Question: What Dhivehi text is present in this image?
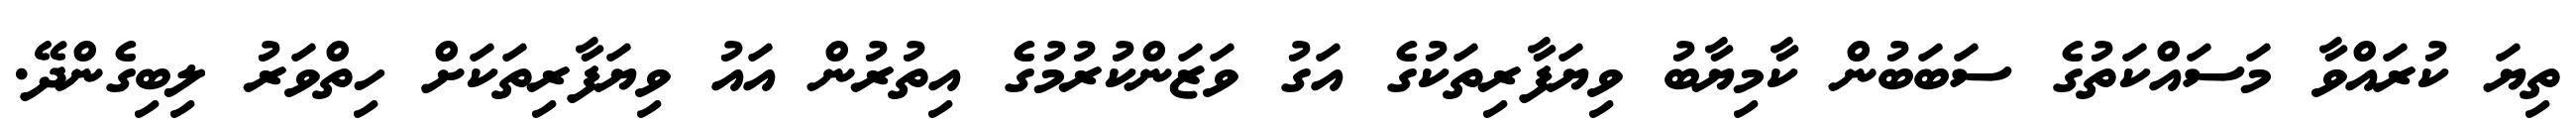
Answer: ތިޔަ ކުރައްވާ މަސައްކަތުގެ ސަބަބުން ކާމިޔާބު ވިޔަފާރިތަކުގެ އަގު ވަޒަންކުރުމުގެ އިތުރުން އައު ވިޔަފާރިތަކަށް ހިތްވަރު ލިބިގެންދޭ.